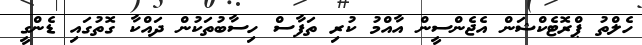
ހެލްތު ޕްރޮޓެކްޝަން އެޖެންސީން އާއްމު ކުރި ތަފާސް ހިސާބުތަކުން ދައްކާ ގޮތުގައި ޑެންގީ